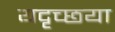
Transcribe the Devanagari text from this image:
यदृच्छया